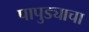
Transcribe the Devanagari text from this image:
पापुड्याचा